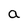
Character: a